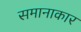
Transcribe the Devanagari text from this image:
समानाकार